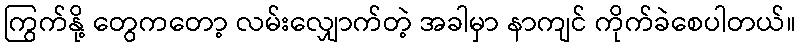
ကြွက်နို့ တွေကတော့ လမ်းလျှောက်တဲ့ အခါမှာ နာကျင် ကိုက်ခဲစေပါတယ်။